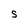
Character: S